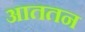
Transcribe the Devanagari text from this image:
आततन